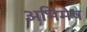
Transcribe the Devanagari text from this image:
अभिमेष